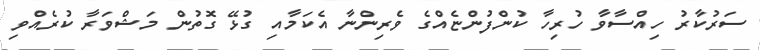
ސަރުކާރު ހިއްސާވާ ހުރިހާ ކުންފުންޏެއްގެ ވެރިންނާ އެކަމާއި ގުޅޭ ގޮތުން މަޝްވަރާ ކުރެއްވި